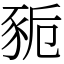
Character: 䝈